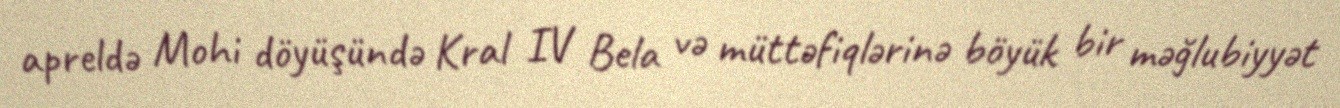
apreldə Mohi döyüşündə Kral IV Bela və müttəfiqlərinə böyük bir məğlubiyyət